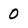
Character: 0